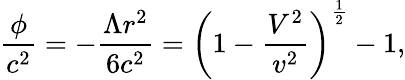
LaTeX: \frac{\phi}{c^{2}}=-\frac{\Lambda r^{2}}{6c^{2}}=\left(1-\frac{V^{2}}{v^{2}}\right)^{\frac{1}{2}}-1,